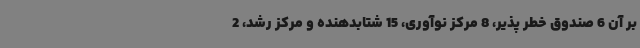
بر آن 6 صندوق خطر پذیر، 8 مرکز نوآوری، 15 شتابدهنده و مرکز رشد، 2